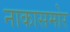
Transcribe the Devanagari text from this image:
नाकासमोर